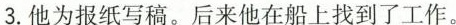
3.他为报纸写稿。后来他在船上找到了工作。